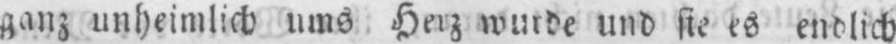
ganz unheimlich ums Herz wurde und sie es endlich